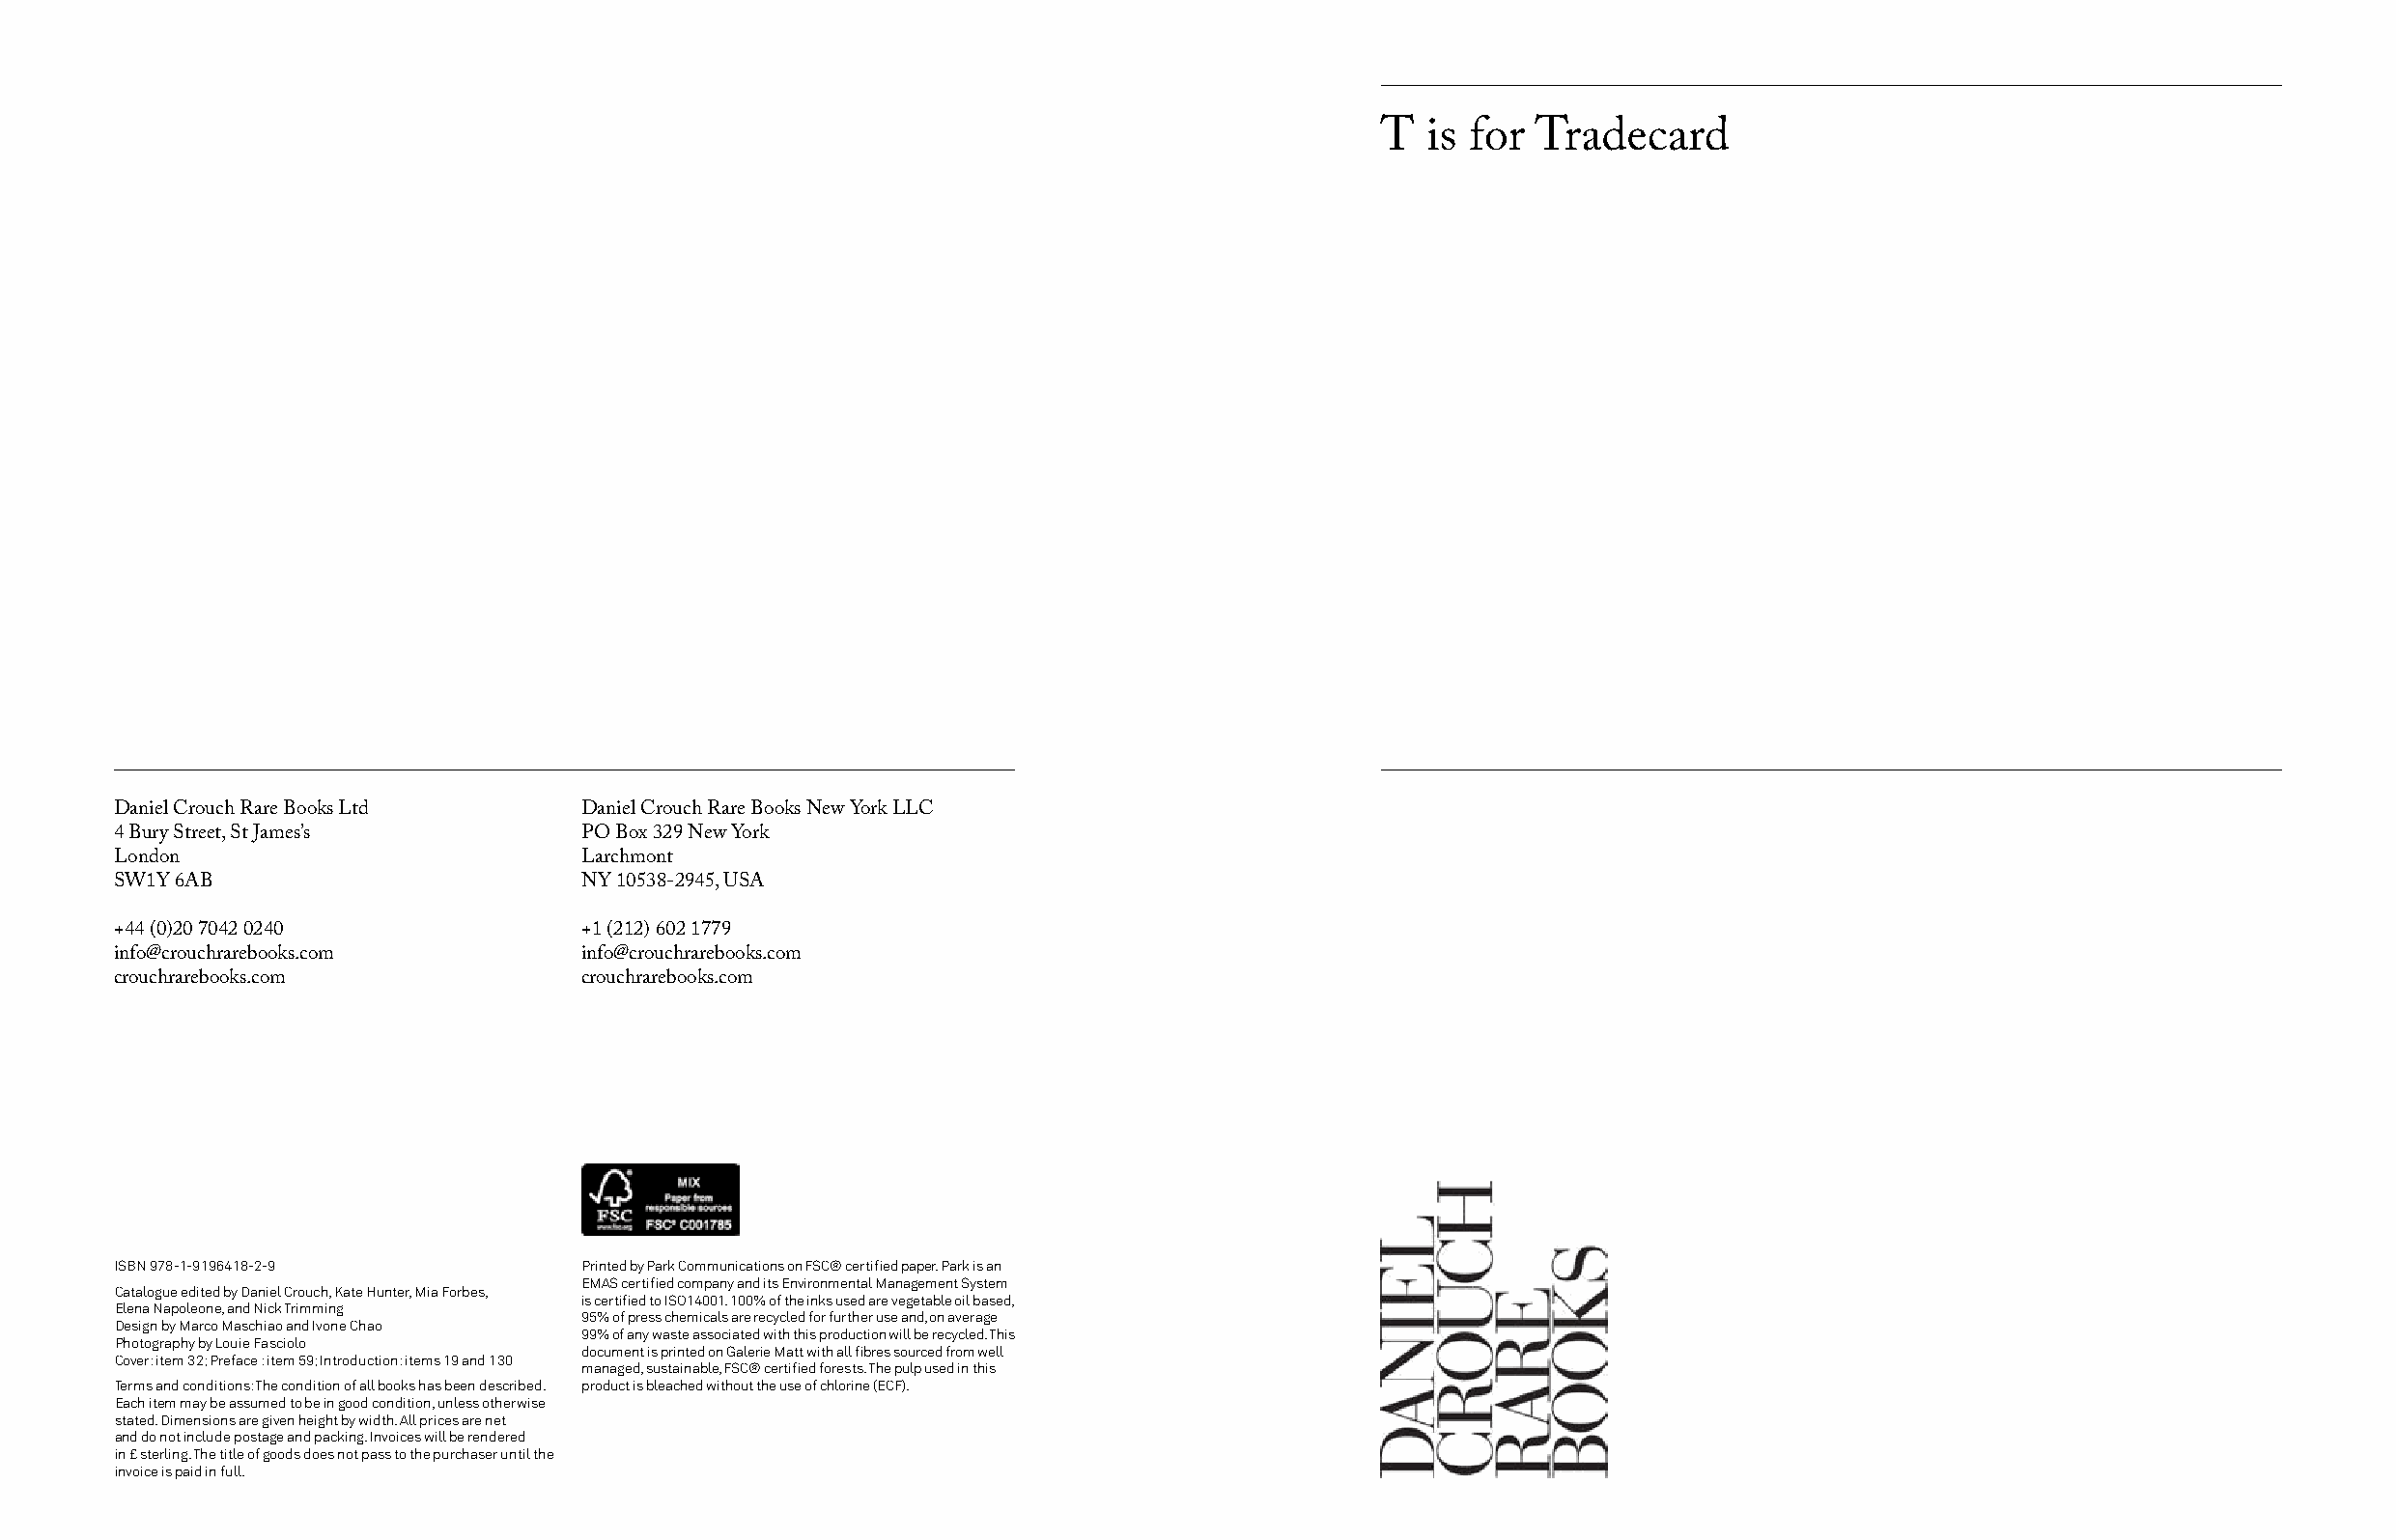
T  is for Tradecard
 Daniel Crouch Rare Books Ltd    Daniel Crouch Rare Books New York LLC
 4 Bury Street, St James’s       PO Box 329 New York
 London                          Larchmont
 SW1Y 6AB                        NY 10538-2945, USA
 +44 (0)20 7042 0240             +1 (212) 602 1779
 info@crouchrarebooks.com        info@crouchrarebooks.com
 crouchrarebooks.com             crouchrarebooks.com
 ISBN 978-1-9196418-2-9          Printed by Park Communications on FSC® certified paper. Park is an
 EMAS certified company and its Environmental Management System
 Catalogue edited by Daniel Crouch, Kate Hunter, Mia Forbes,
 is certified to ISO14001. 100% of the inks used are vegetable oil based,
 Elena Napoleone, and Nick Trimming
 95% of press chemicals are recycled for further use and, on average
 Design by Marco Maschiao and Ivone Chao
 99% of any waste associated with this production will be recycled. This
 Photography by Louie Fasciolo
 document is printed on Galerie Matt with all fibres sourced from well
 Cover: item 32; Preface : item 59; Introduction: items 19 and 130
 managed, sustainable, FSC® certified forests. The pulp used in this
 Terms and conditions: The condition of all books has been described. product is bleached without the use of chlorine (ECF).
 Each item may be assumed to be in good condition, unless otherwise
 stated. Dimensions are given height by width. All prices are net
 and do not include postage and packing. Invoices will be rendered
 in £ sterling. The title of goods does not pass to the purchaser until the
 invoice is paid in full.